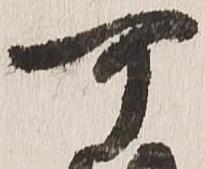
可